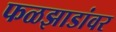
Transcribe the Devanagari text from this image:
फळझाडांवर